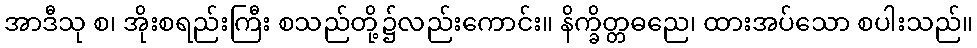
အာဒီသု စ၊ အိုးစရည်းကြီး စသည်တို့၌လည်းကောင်း။ နိက္ခိတ္တဓညေ၊ ထားအပ်သော စပါးသည်။